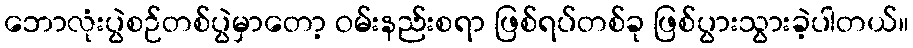
ဘောလုံးပွဲစဉ်တစ်ပွဲမှာတော့ ဝမ်းနည်းစရာ ဖြစ်ရပ်တစ်ခု ဖြစ်ပွားသွားခဲ့ပါတယ်။